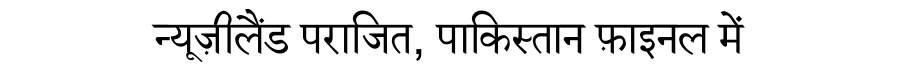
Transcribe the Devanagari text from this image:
न्यूज़ीलैंड पराजित, पाकिस्तान फ़ाइनल में